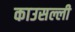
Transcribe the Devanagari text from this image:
काउसल्ली